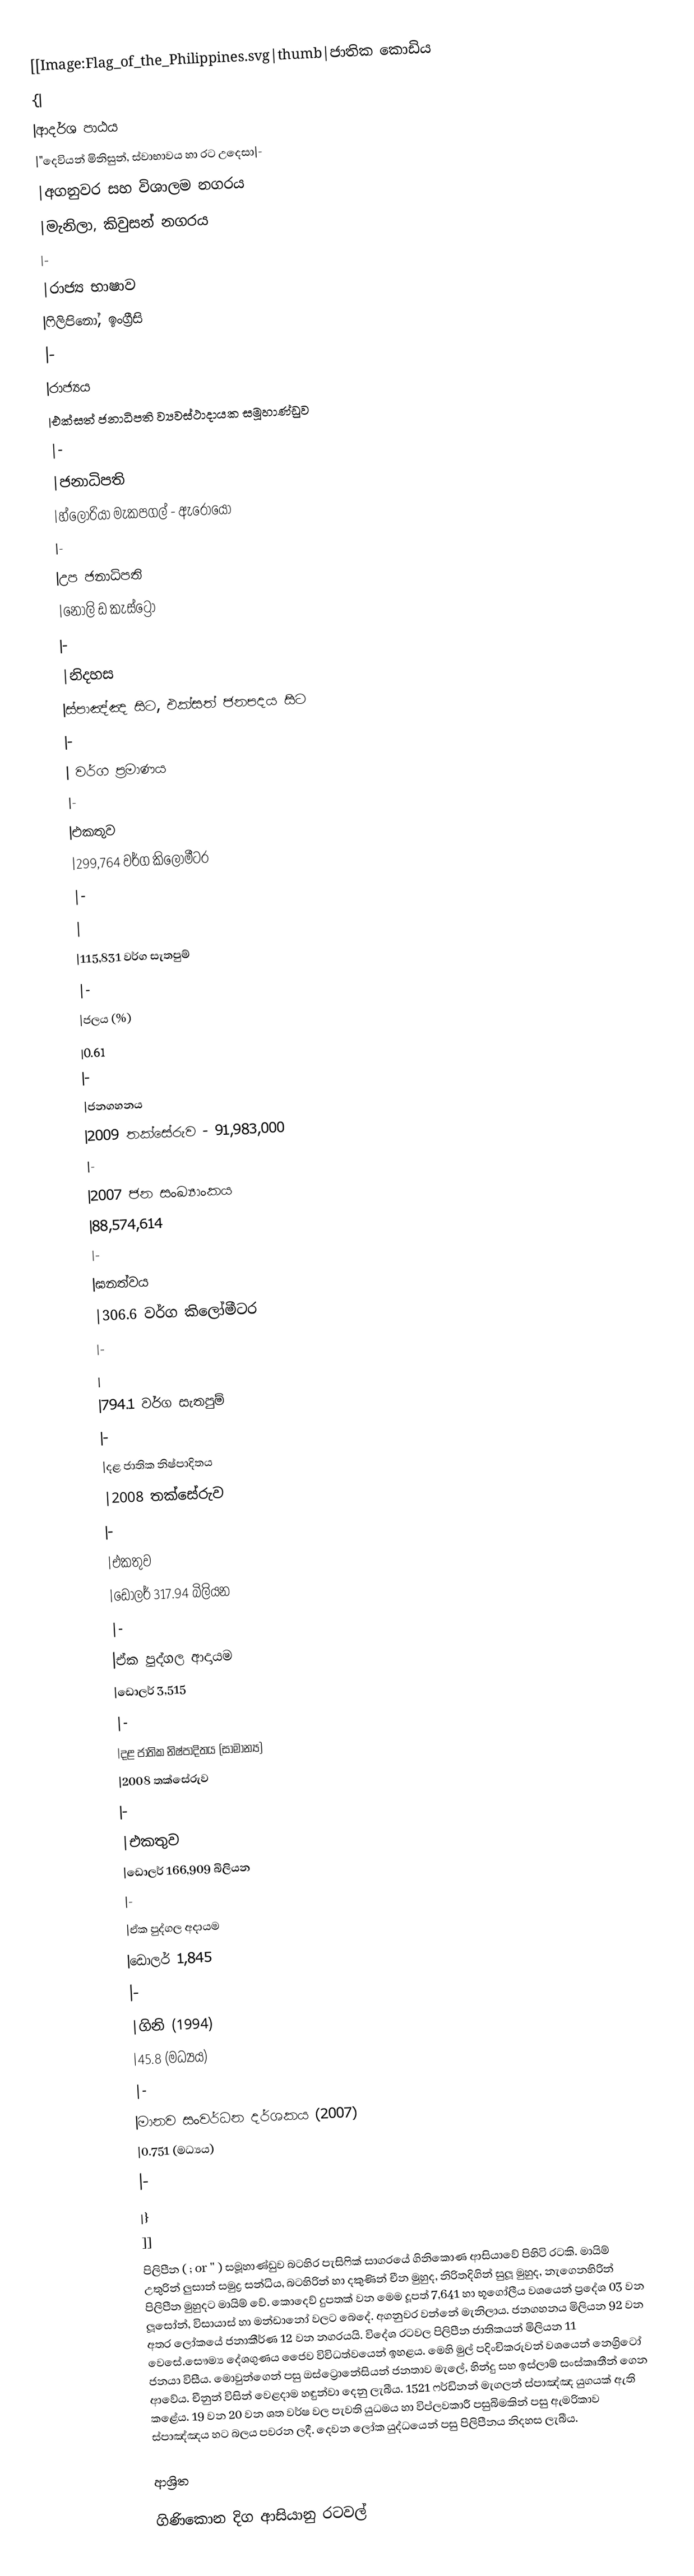
[[Image:Flag_of_the_Philippines.svg|thumb|ජාතික කොඩිය
{|
|ආදර්ශ පාඨය
|"දෙවියන් මිනිසුන්, ස්වාභාවය හා රට උදෙසා|-
|අගනුවර සහ විශාලම නගරය
|‍මැනිලා, කිවුසන් නගරය
|-
|රාජ්‍ය භාෂාව
|ෆිලිපිනෝ, ඉංග්‍රීසි
|-
|රාජ්‍යය
|එක්සත් ජනාධිපති ව්‍යවස්ථාදායක සමූහාණ්ඩුව
|-
|ජනාධිපති
|හ්ලෝරියා මැකපගල් - ඇරොයො
|-
|උප ජනාධිපති
|නොලි ඩ කැස්‍ට්‍රෝ
|-
|නිදහස
|ස්පාඤ්ඤ සිට, එක්සත් ජනපදය සිට
|-
|         වර්ග ප්‍රමාණය
|-
|එකතුව
|299,764 වර්ග කිලෝමීටර
|-
|
|115,831 වර්ග සැතපුම්
|-
|ජලය (%)
|0.61
|-
|ජනගහනය
|2009 තක්සේරුව - 91,983,000
|-
|2007 ජන සංඛ්‍යාංකය
|88,574,614
|-
|ඝනත්වය
|306.6 වර්ග කිලෝමීටර
|-
|
|794.1 වර්ග සැතපුම්
|-
|දළ ජාතික නිෂ්පාදිතය
|2008 තක්සේරුව
|-
|එකතුව
|ඩොලර් 317.94 බිලියන
|-
|ඒක පුද්ගල ආදායම
|ඩොලර් 3,515
|-
|දළ ජාතික නිෂ්පාදිතය (සාමාන්‍ය)
|2008 තක්සේරුව
|-
|එකතුව
|ඩොලර් 166,909 බිලියන
|-
|ඒක පුද්ගල අදායම
|ඩොලර් 1,845
|-
|ගිනි (1994)
|45.8 (මධ්‍යය)
|-
|මානව සංවර්ධන දර්ශකය (2007)
|0.751 (මධ්‍යය)
|-
|}
]]
පිලිපීන ( ;   or '' ) සමූහාණ්ඩුව බටහිර පැසිෆික් සාගරයේ ගිනිකොණ ආසියාවේ පිහිටි රටකි. මායිම් උතුරින් ලුසාන් සමුද්‍ර සන්ධිය, බටහිරින් හා දකුණින් චීන  මුහුද, නිරිතදිගින්  සුලූ මුහුද, නැගෙනහිරින් පිලිපීන මුහුදට මායිම් වේ.  කොදෙව් දුපතක් වන මෙම  දූපත් 7,641 හා භූගෝලීය වශයෙන් ප්‍රදේශ 03 වන ලූසෝන්, විසායාස් හා මන්ඩානෝ වලට බෙදේ. අගනුවර වන්නේ මැනිලාය. ජනගහනය මිලියන 92 වන අතර ලෝකයේ ජනාකීර්ණ 12 වන නගරයයි.  විදේශ රටවල  පිලිපීන ජාතිකයන් මිලියන 11 වෙසේ.සෞම්‍ය  දේශගුණය ජෛව විවිධත්වයෙන් ඉහළය. මෙහි මුල් පදිංචිකරුවන් වශයෙන් නෙග්‍රිටෝ ජනයා විසීය. මොවුන්ගෙන් පසු ඔස්ට්‍රොනේසියන්  ජනතාව මැලේ, හින්දු සහ ඉස්ලාම් සංස්කෘතීන් ගෙන ආවේය. චීනුන් විසින් වෙළදාම හඳුන්වා දෙනු ලැබීය. 1521 ෆර්ඩිනන් මැගලන් ස්පාඤ්ඤ යුගයක් ඇති කළේය. 19 වන 20 වන ශත වර්ෂ වල පැවති යුධමය  හා විප්ලවකාරී පසුබිමකින් පසු ඇමරිකාව ස්පාඤ්ඤය හට  බලය පවරන ලදී. දෙවන ලෝක යුද්ධයෙන් පසු පිලිපීනය නිදහස ලැබීය.

ආශ්‍රිත

ගිණිකොන දිග ආසියානු රටවල්